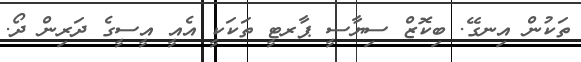
ތަކުން އިނގޭ. ބިކޮޒް ސިޔާސީ ޕާރޓީ ތަކަކީ އެއީ އީސީގެ ދަރިން ދޯ.